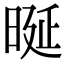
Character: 𣆴